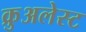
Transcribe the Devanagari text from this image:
क्रुअलेस्ट